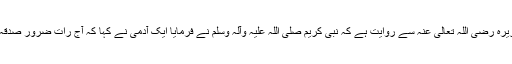
سیدنا ابوہریرہ رضی اللہ تعالیٰ عنہ سے روایت ہے کہ نبی کریم صلی اللہ علیہ وآلہ وسلم نے فرمایا ایک آدمی نے کہا کہ آج رات ضرور صدقہ کروں گا۔